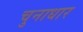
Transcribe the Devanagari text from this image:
चुनाधार